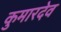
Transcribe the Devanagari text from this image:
कुमारदेव